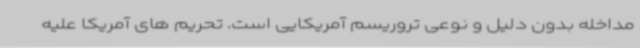
مداخله بدون دلیل و نوعی تروریسم آمریکایی است. تحریم های آمریکا علیه